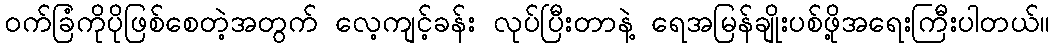
ဝက်ခြံကိုပိုဖြစ်စေတဲ့အတွက် လေ့ကျင့်ခန်း လုပ်ပြီးတာနဲ့ ရေအမြန်ချိုးပစ်ဖို့အရေးကြီးပါတယ်။